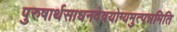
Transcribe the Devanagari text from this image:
पुरुषार्थसाधनदेवयोग्यमुत्पन्नमिति